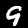
Label: 9